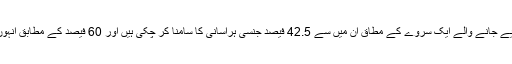
ملازمت پیشہ ایک ہزار خواتین سے کیے جانے والے ایک سروے کے مطاق ان میں سے 42.5 فیصد جنسی ہراسانی کا سامنا کر چکی ہیں اور 60 فیصد کے مطابق انہوں نے اس معاملے کو رپورٹ نہیں کیا۔